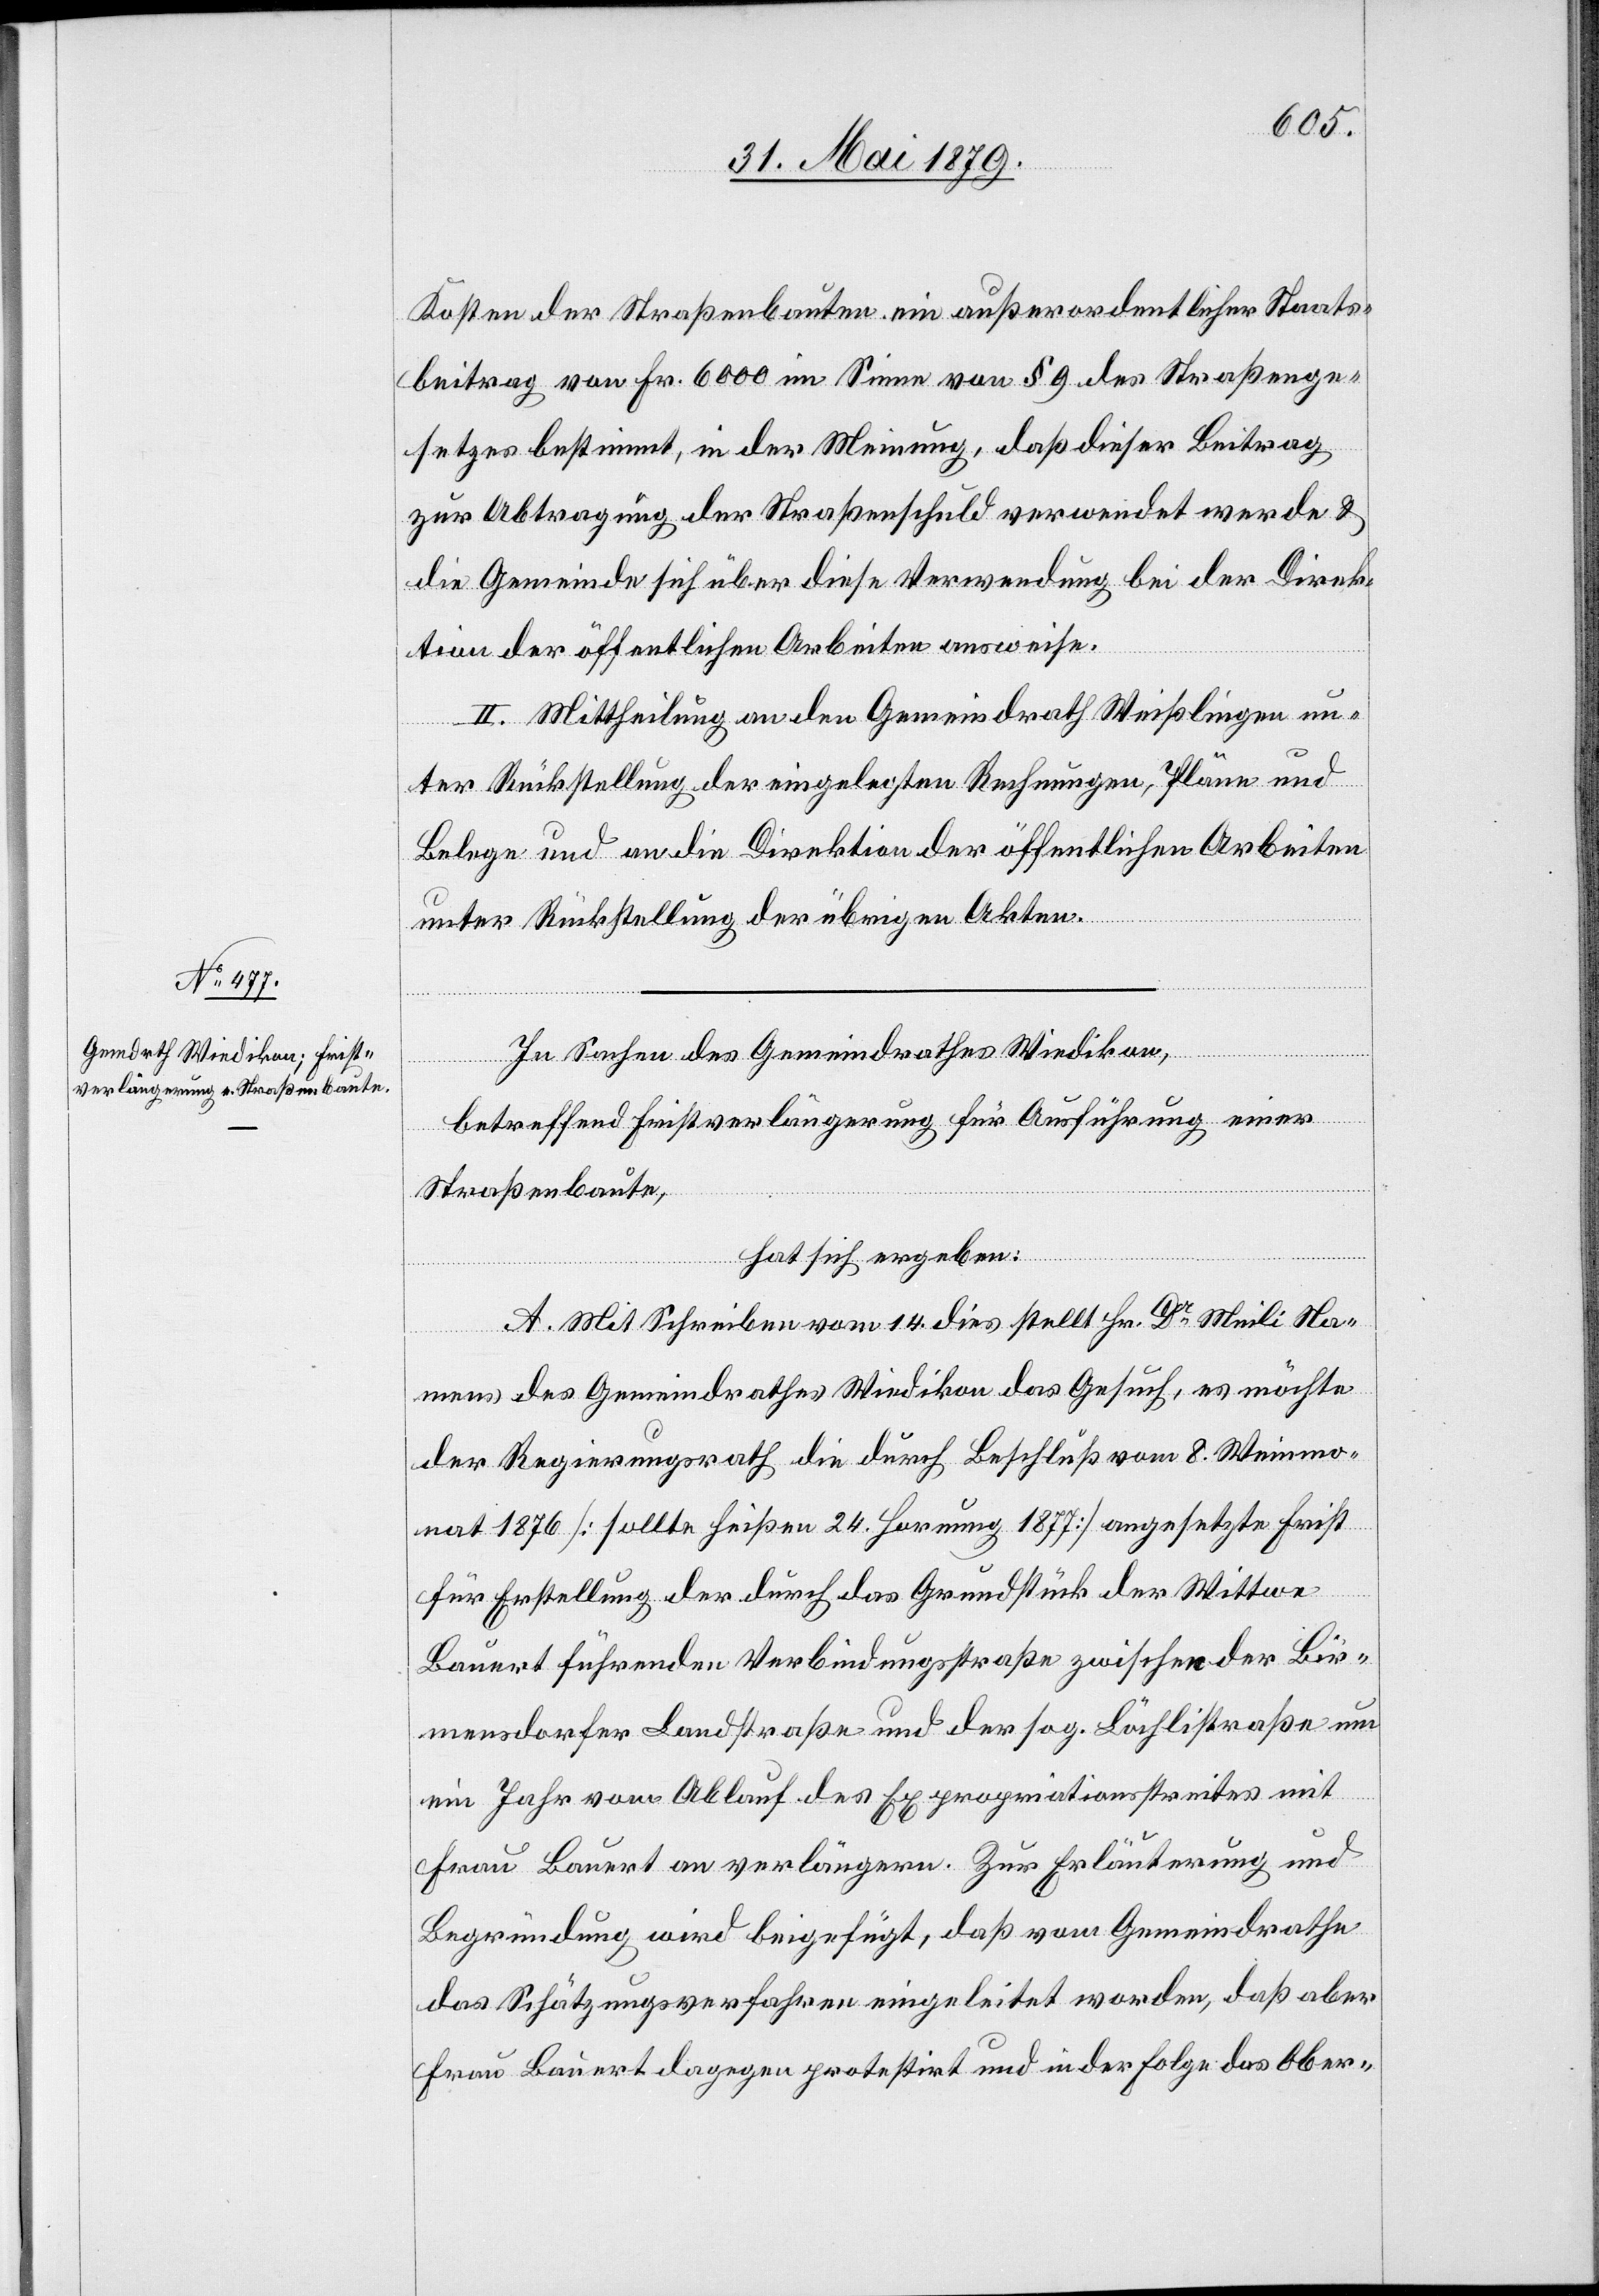
Kosten der Straßenbauten ein außerordentlicher Staats¬
beitrag von Fr. 6000 im Sinne von § 9 des Straßenge¬
setzes bestimmt, in der Meinung, daß dieser Beitrag
zur Abtragung der Straßenschuld verwendet werde &
die Gemeinde sich über diese Verwendung bei der Direk¬
tion der öffentlichen Arbeiten ausweise.
II. Mittheilung an den Gemeindrath Weißlingen un¬
ter Rückstellung der eingelegten Rechnungen, Pläne und
Belege und an die Direktion der öffentlichen Arbeiten
unter Rückstellung der übrigen Akten.